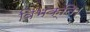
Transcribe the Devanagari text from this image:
विभक्ति।